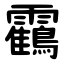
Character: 靍